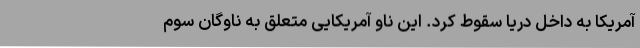
آمریکا به داخل دریا سقوط کرد. این ناو آمریکایی متعلق به ناوگان سوم